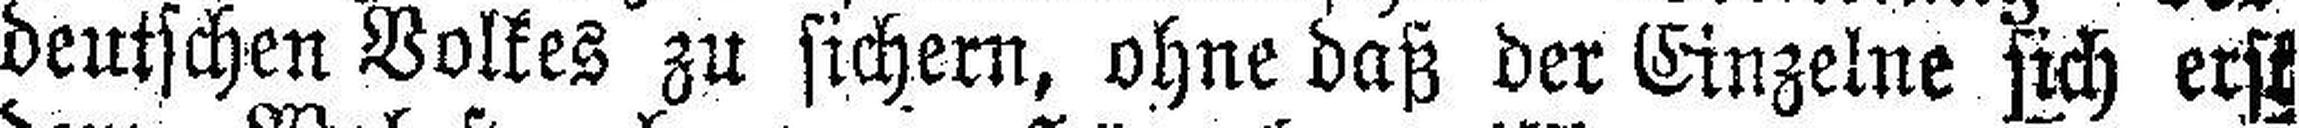
deutschen Volkes zu sichern, ohne daß der Einzelne sich erst